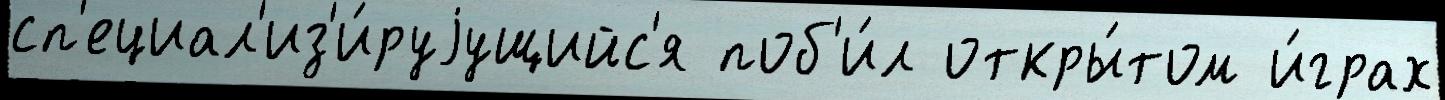
сп'ециал'из'и́руjущийс'я поб'и́л откры́том и́грах